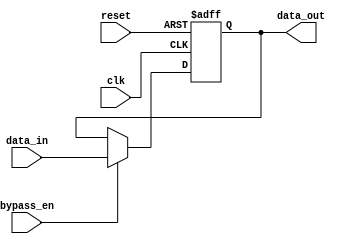
module SimpleBypassRegister (
    input wire clk,             // Clock input
    input wire reset,           // Reset input
    input wire bypass_en,       // Bypass control input
    input wire [DATA_WIDTH-1:0] data_in,  // Input data
    output reg [DATA_WIDTH-1:0] data_out  // Output data
);

parameter DATA_WIDTH = 8;

reg [DATA_WIDTH-1:0] reg_data;

always @(posedge clk or posedge reset) begin
    if (reset) begin
        reg_data <= 0;
    end else begin
        if (bypass_en) begin
            reg_data <= data_in;
        end
    end
end

assign data_out = reg_data;

endmodule